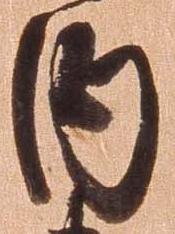
内